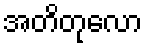
အတိတုလော